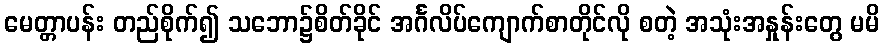
မေတ္တာပန်း တည်စိုက်၍ သဘော၌စိတ်ခိုင် အင်္ဂလိပ်ကျောက်စာတိုင်လို စတဲ့ အသုံးအနှုန်းတွေ မမိ